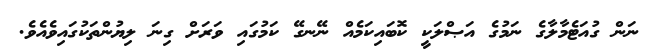
ނަން ގުއަޓެމާލާގެ ނަމުގެ އަޞްލަކީ ކޮބައިކަމެއް ނޭނގޭ ކަމުގައި ވަރަށް ގިނަ ލިޔުންތަކުގައިވެއެވެ.